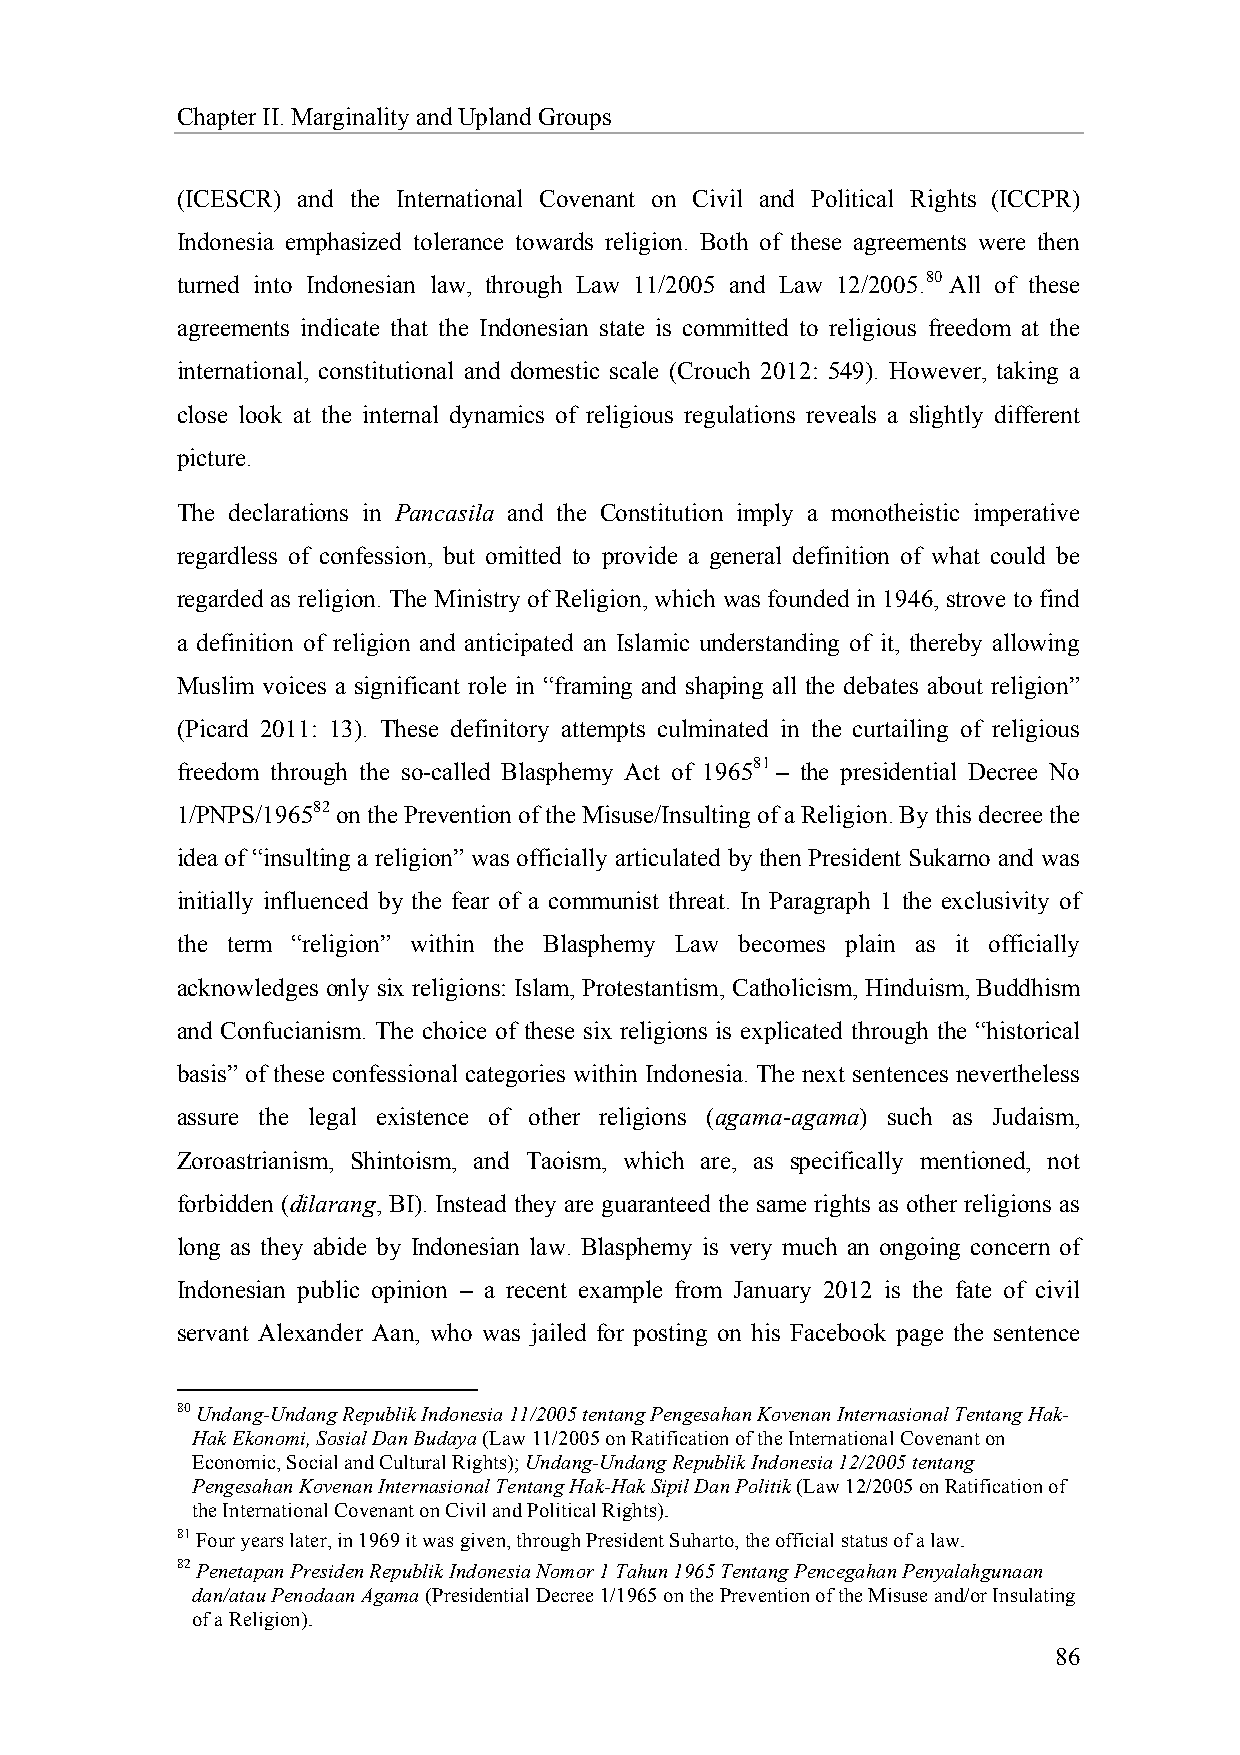
Chapter II. Marginality and Upland Groups
 (ICESCR) and the International Covenant on Civil and Political Rights (ICCPR)
 Indonesia emphasized tolerance towards religion. Both of these agreements were then
 turned into Indonesian law, through Law 11/2005 and Law 12/2005.80 All of these
 agreements indicate that the Indonesian state is committed to religious freedom at the
 international, constitutional and domestic scale (Crouch 2012: 549). However, taking a
 close look at the internal dynamics of religious regulations reveals a slightly different
 picture.
 The declarations in Pancasila and the Constitution imply a monotheistic imperative
 regardless of confession, but omitted to provide a general definition of what could be
 regarded as religion. The Ministry of Religion, which was founded in 1946, strove to find
 a definition of religion and anticipated an Islamic understanding of it, thereby allowing
 Muslim voices a significant role in “framing and shaping all the debates about religion”
 (Picard 2011: 13). These definitory attempts culminated in the curtailing of religious
 freedom through the so-called Blasphemy Act of 196581 – the presidential Decree No
 1/PNPS/196582 on the Prevention of the Misuse/Insulting of a Religion. By this decree the
 idea of “insulting a religion” was officially articulated by then President Sukarno and was
 initially influenced by the fear of a communist threat. In Paragraph 1 the exclusivity of
 the term “religion” within the Blasphemy Law becomes plain as it officially
 acknowledges only six religions: Islam, Protestantism, Catholicism, Hinduism, Buddhism
 and Confucianism. The choice of these six religions is explicated through the “historical
 basis” of these confessional categories within Indonesia. The next sentences nevertheless
 assure the legal existence of other religions (agama-agama) such as Judaism,
 Zoroastrianism, Shintoism, and Taoism, which are, as specifically mentioned, not
 forbidden (dilarang, BI). Instead they are guaranteed the same rights as other religions as
 long as they abide by Indonesian law. Blasphemy is very much an ongoing concern of
 Indonesian public opinion – a recent example from January 2012 is the fate of civil
 servant Alexander Aan, who was jailed for posting on his Facebook page the sentence
 80 Undang-Undang Republik Indonesia 11/2005 tentang Pengesahan Kovenan Internasional Tentang Hak-
 Hak Ekonomi, Sosial Dan Budaya (Law 11/2005 on Ratification of the International Covenant on
 Economic, Social and Cultural Rights); Undang-Undang Republik Indonesia 12/2005 tentang
 Pengesahan Kovenan Internasional Tentang Hak-Hak Sipil Dan Politik (Law 12/2005 on Ratification of
 the International Covenant on Civil and Political Rights).
 81 Four years later, in 1969 it was given, through President Suharto, the official status of a law.
 82 Penetapan Presiden Republik Indonesia Nomor 1 Tahun 1965 Tentang Pencegahan Penyalahgunaan
 dan/atau Penodaan Agama (Presidential Decree 1/1965 on the Prevention of the Misuse and/or Insulating
 of a Religion).
 86